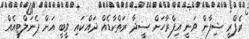
ރެފްރީ ޝިފާން ވަނީ އިފްރާހަށް ސީދާ ރަތްކާޑެއް ދައްކައި ވީބީ އަށް ޕެނަލްޓީއެއް